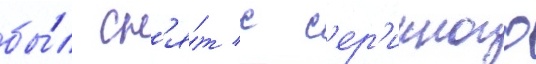
бы́л сн'я́т с с'ер'ииного